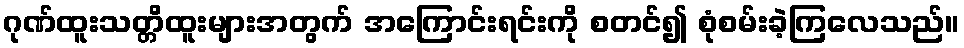
ဂုဏ်ထူးသတ္တိထူးများအတွက် အကြောင်းရင်းကို စတင်၍ စုံစမ်းခဲ့ကြလေသည်။